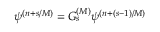
\psi ^ { ( n + s / { \cal M } ) } = G _ { s } ^ { ( { \cal M } ) } \psi ^ { ( n + ( s - 1 ) / { \cal M } ) }